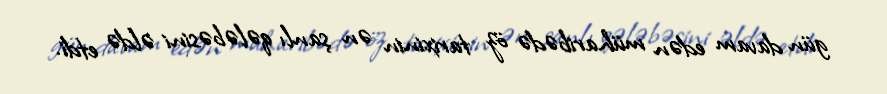
gün davam edən müharibədə öz tarixinin ən şanlı qələbəsini əldə etdi.